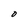
Character: O